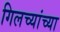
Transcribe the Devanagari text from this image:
गिलच्यांच्या